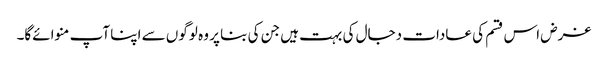
غرض اس قسم کی عادات دجال کی بہت ہیں جن کی بنا پر وہ لوگوں سے اپنا آپ منوائےگا۔